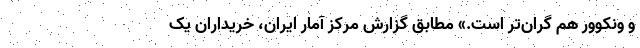
و ونکوور هم گران‌تر است.» مطابق گزارش مرکز آمار ایران، ‌خریداران یک